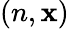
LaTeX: (n,\mathbf{x})